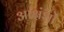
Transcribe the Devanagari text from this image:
आक्षंशों